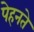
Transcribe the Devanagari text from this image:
पेहनते